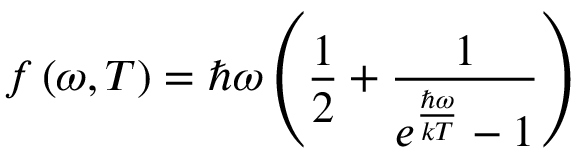
f \left( \omega , T \right) = \hbar \omega \left( \frac 1 2 + \frac 1 { e ^ { \frac { \hbar \omega } { k T } } - 1 } \right)